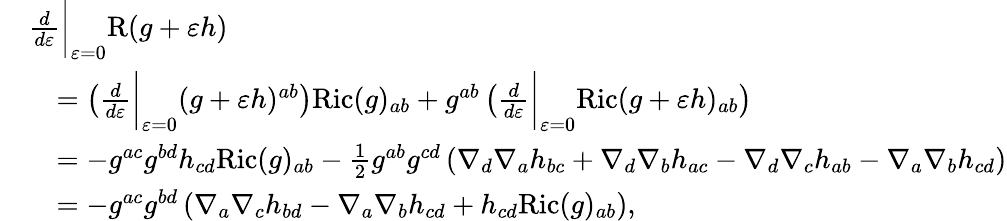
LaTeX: \begin{array}{rl}&{\frac{d}{d\varepsilon}\bigg\vert_{\varepsilon=0}\mathrm{R}(g+\varepsilon h)}\\ &{\quad=\left(\frac{d}{d\varepsilon}\bigg\vert_{\varepsilon=0}(g+\varepsilon h)^{ab}\right)\mathrm{Ric}(g)_{ab}+g^{ab}\left(\frac{d}{d\varepsilon}\bigg\vert_{\varepsilon=0}\mathrm{Ric}(g+\varepsilon h)_{ab}\right)}\\ &{\quad=-g^{ac}g^{bd}h_{cd}\mathrm{Ric}(g)_{ab}-\frac{1}{2}g^{ab}g^{cd}\left(\nabla_{d}\nabla_{a}h_{bc}+\nabla_{d}\nabla_{b}h_{ac}-\nabla_{d}\nabla_{c}h_{ab}-\nabla_{a}\nabla_{b}h_{cd}\right)}\\ &{\quad=-g^{ac}g^{bd}\left(\nabla_{a}\nabla_{c}h_{bd}-\nabla_{a}\nabla_{b}h_{cd}+h_{cd}\mathrm{Ric}(g)_{ab}\right),}\end{array}